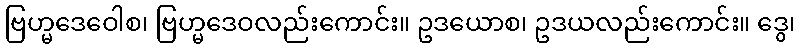
ဗြဟ္မဒေဝေါစ၊ ဗြဟ္မဒေဝလည်းကောင်း။ ဥဒယောစ၊ ဥဒယလည်းကောင်း။ ဒွေ၊